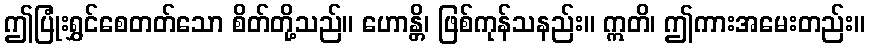
ဤပြုံးရွှင်စေတတ်သော စိတ်တို့သည်။ ဟောန္တိ၊ ဖြစ်ကုန်သနည်း။ ဣတိ၊ ဤကားအမေးတည်း။